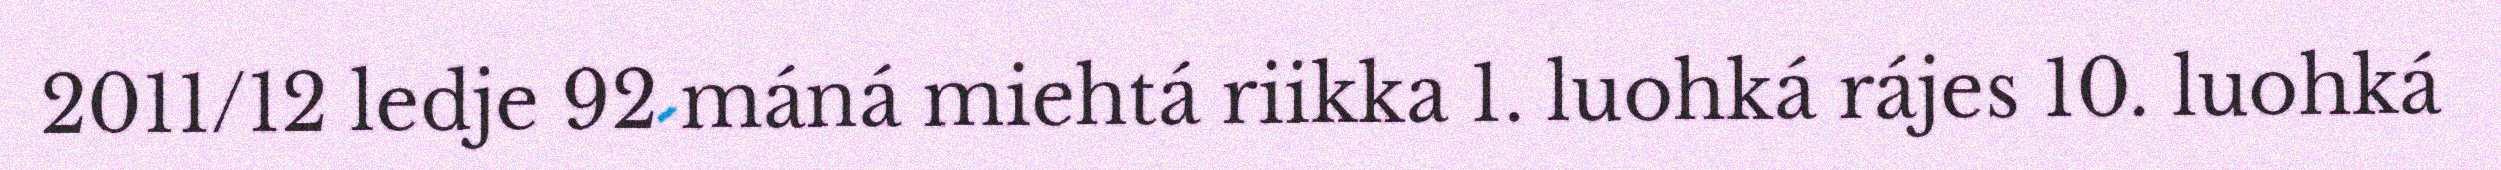
2011/12 ledje 92 máná miehtá riikka 1. luohká rájes 10. luohká